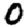
Digit: 0